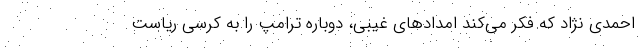
احمدی نژاد که فکر می‌کند امدادهای غیبی، دوباره ترامپ را به کرسی ریاست